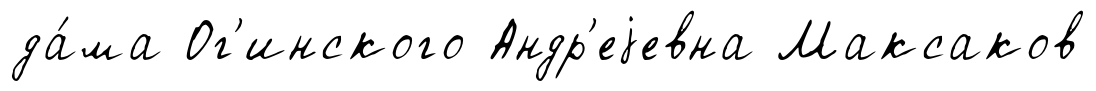
да́ма Ог'инского Андр'еjевна Максаков